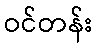
ဝင်တန်း